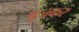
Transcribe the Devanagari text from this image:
पूजकर